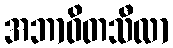
အဘာဝိတသီလာ